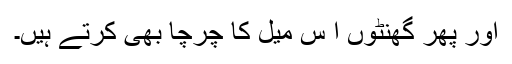
اور پھر گھنٹوں ا س میل کا چرچا بھی کرتے ہیں۔